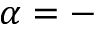
\alpha = -